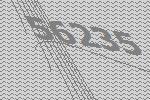
56235